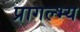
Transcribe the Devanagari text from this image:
प्रागल्भ्य